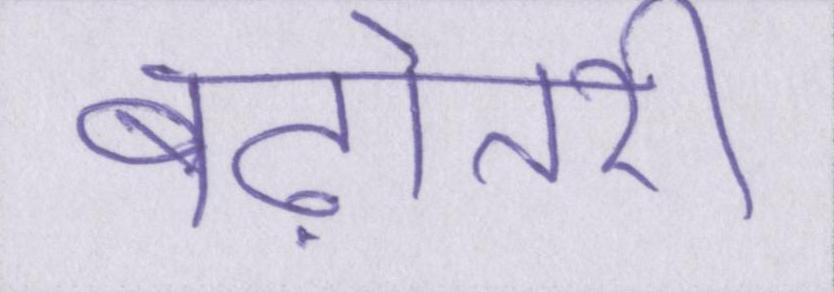
बढ़ोतरी